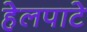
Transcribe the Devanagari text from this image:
हेलपाटे